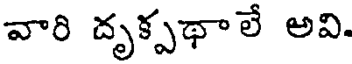
వారి దృక్పథాలే అవి.